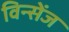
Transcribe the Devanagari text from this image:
विन्सेंज